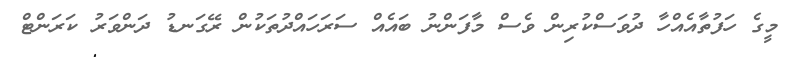
މީގެ ހަފުތާއެއްހާ ދުވަސްކުރިން ވެސް މާފަންނު ބައެއް ސަރަހައްދުތަކުން ރޭގަނޑު ދަންވަރު ކަރަންޓް